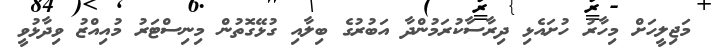
މަޖިލީހަށް މިހާރު ހުށައެޅި ދިރާސާކުރަމުންދާ އަބުރުގެ ބިލާއި ގުޅޭގޮތުން މިނިސްޓަރު މުއިއްޒު ވިދާޅުވީ